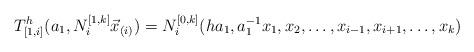
LaTeX: \begin{align*}T_{[1,i]}^{h}(a_{1},N^{[1,k]}_{i} \vec x_{(i)})=N^{[0,k]}_{i}(ha_{1},a_{1}^{-1}x_{1},x_{2},\dotsc,x_{i-1},x_{i+1},\dotsc,x_{k})\end{align*}